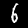
Label: 6